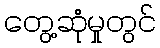
တွေ့ဆုံမှုတွင်